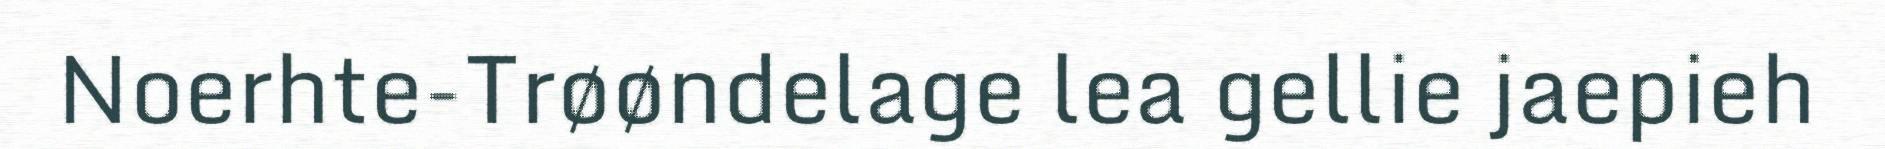
Noerhte-Trøøndelage lea gellie jaepieh